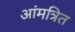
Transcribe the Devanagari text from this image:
आंमत्रित